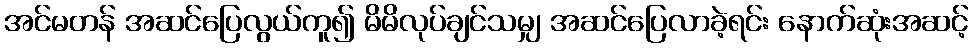
အင်မတန် အဆင်ပြေလွယ်ကူ၍ မိမိလုပ်ချင်သမျှ အဆင်ပြေလာခဲ့ရင်း နောက်ဆုံးအဆင့်